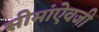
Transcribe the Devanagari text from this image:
सीमांऐवजी